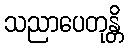
သညာပေတုန္တိ